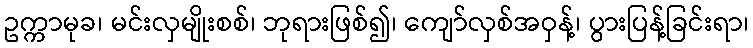
ဥက္ကာမုခ၊ မင်းလှမျိုးစစ်၊ ဘုရားဖြစ်၍၊ ကျော်လှစ်အဝှန့်၊ ပွားပြန့်ခြင်းရာ၊